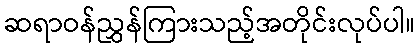
ဆရာဝန်ညွှန်ကြားသည့်အတိုင်းလုပ်ပါ။